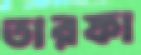
তারফা